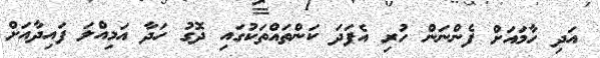
އަދި ހާމައަށް ފެންނަން ހުރި އެފަދަ ކަންތައްތަކުގައި ދޮގު ހަދާ އަމިއްލަ ފައިދާއަށް